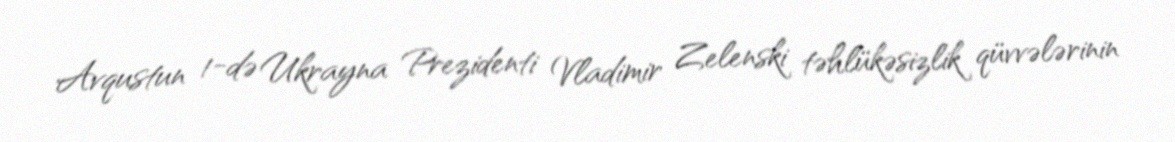
Avqustun 1-də Ukrayna Prezidenti Vladimir Zelenski təhlükəsizlik qüvvələrinin